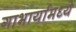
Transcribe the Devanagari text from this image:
गाभार्यामध्ये